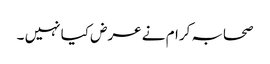
صحابہ کرام نے عرض کیا نہیں ۔